Lunatic asylums Bombay report 1878-1890 - 1878-1890
Year: 1878
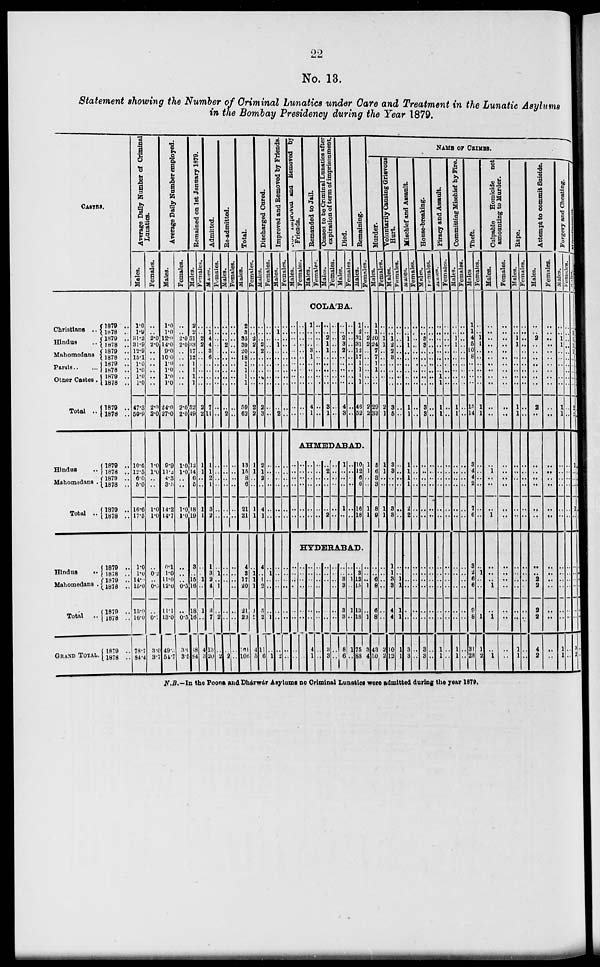
22
No. 13.
Statement showing the Number of Criminal Lunatics under Care and Treatment in the Lunatic Asylums
in the Bombay Presidency during the Year 1879.
CASTES.
Christians ..
Hindus ..
Mahomedans
Parsis .. ..
Other Castes.
Total ..
Hindus ..
Mahomedans .
Total ..
Hindus ..
Mahomedans .
Total ..
GRAND TOTAL.
1879 ..
1878 ..
1879 ..
1878 ..
1879 ..
1878 ..
1879 ..
1878 ..
1879 ..
1878 ..
1879 ..
1878 ..
1879 ..
1878 ..
1879 ..
1878 ..
1879 ..
1878 ..
1879 ..
1878 ..
1879 ..
1878
..
1879 ..
1878 ..
1879 ..
1878 ..
Average Daily
Number of Criminal
Lunatics.
Males.
1.0
1.9
31.2
31.9
12.9
15.1
1.0
1.0
1.0
1.0
47.3
50.9
10.6
12.5
6.0
5.0
16.6
17.5
1.0
1.0
14.0
15.0
15.0
16.0
78.7
84.4
Females.
..
..
2.0
2.0
..
..
..
..
..
..
2.0
2.0
1.0
1.0
..
..
1.0
1.0
..
0.2
..
0.5
..
0.7
3.0
3.7
Average Daily Number employed.
Males.
1.0
1.0
12.0
14.0
9.0
10.0
1.0
1.0
1.0
1.0
24.0
27.0
9.9
11.2
4.3
3.5
14.2
14.7
0.1
1.0
11.0
12.0
11.1
13.0
49.
54.7
Females.
..
..
2.0
2.0
..
..
..
..
..
..
2.0
2.0
1.0
1.0
..
..
1.0
1.0
..
..
..
0.5
..
0.5
3.0
3.5
Remained on 1st January 1879.
Males.
2
2
31
33
17
12
1
1
1
1
52
49
12
14
6
5
18
19
3
..
15
16
18
16
68
84
Females.
..
..
2
2
..
..
..
..
..
..
2
2
1
1
..
..
1
1
..
..
1
..
1
..
4
3
Admitted.
Males.
..
1
4
4
3
6
..
..
..
..
7
11
1
1
2
1
3
2
1
3
2
4
3
7
13
20
Females.
..
..
..
..
..
..
..
..
..
..
..
..
..
..
..
..
..
..
..
1
..
1
..
2
..
2
Re-admitted.
Males.
..
..
..
2
..
..
..
..
..
..
..
2
..
..
..
..
..
..
..
..
..
..
..
..
..
2
Females.
..
..
..
..
..
..
..
..
..
..
..
..
..
..
..
..
..
..
..
..
..
..
..
..
..
..
Total.
Males.
2
3
35
39
20
18
1
1
1
1
59
62
13
15
8
6
21
21
4
3
17
20
21
23
101
106
Females.
..
..
2
2
..
..
..
..
..
..
2
2
1
1
..
..
1
1
..
1 1
1
1
2
4
5
Discharged Cured.
Males.
..
..
..
3
2
..
..
..
..
..
2
3
2
1
2
..
4
1
4
..
1
2
5
2
11
6
Females.
..
..
..
..
..
..
..
..
..
..
..
..
..
..
..
..
..
..
..
1
..
..
..
1
..
1
Improved and Removed by Friends.
Males.
..
1
..
1
..
..
..
..
..
..
..
2
..
..
..
..
..
..
..
..
..
..
..
..
..
2
Females.
..
..
..
..
..
..
..
..
..
..
..
..
..
..
..
..
..
..
..
..
..
..
..
..
..
..
Improved
and Removed by
Friends.
Males.
Females.
Remanded to Jail.
Males.
Females.
Ceased to be Criminal Lunatics after
expiration of term of imprisonment.
Males.
Females.
Died.
Males.
Females.
Remaining.
Males.
Females.
COLA'BA.
..
..
..
..
..
..
..
..
..
..
..
..
..
..
..
..
..
..
..
..
..
..
..
..
1
..
..
..
3
1
..
..
..
..
4
1
..
..
..
..
..
..
..
..
..
..
..
..
..
..
2
1
1
..
..
..
..
..
3
1
..
..
..
..
..
..
..
..
..
..
..
..
..
..
2
3
2
..
..
..
..
..
4
3
..
..
..
..
..
..
..
..
..
..
..
..
1
2
31
31
12
17
1
1
1
1
46
52
..
..
2
2
..
..
..
..
..
..
2
2
AHMEDABAD.
..
..
..
..
..
..
..
..
..
..
..
..
..
..
..
..
..
..
..
..
..
..
..
..
..
2
..
..
..
2
..
..
..
..
..
..
..
..
..
..
1
..
..
..
..
..
..
..
10
12
6
6
16
18
1
1
..
..
1
1
HYDERABAD.
..
..
..
..
..
..
..
..
..
..
..
..
..
..
..
..
..
..
..
..
..
..
4
1
..
..
..
..
..
..
..
..
..
..
..
..
..
..
3
3
..
..
..
..
..
..
..
..
..
..
3
3
3
3
8
6
..
..
1
..
1
..
1
..
..
..
13
15
13
18
75
88
..
..
..
1
..
1
3
4
NAME OF CRIMES.
Murder.
Males.
1
1
20
24
7
7
1
1
..
..
29
33
5
6
3
3
8
9
..
..
6
8
6
8
43
50
Females.
..
..
1
1
..
..
..
..
..
..
2
1
1
1
..
..
1
1
..
..
..
..
..
..
2
2
Voluntarily Causing Grievons
Hurt.
Males.
..
..
1
2
2
3
..
..
..
..
3
5
3
3
..
..
3
3
1
1
3
3
4
4
10
13
Females.
..
..
..
..
..
..
..
..
..
..
..
..
..
..
..
..
..
..
..
..
1
1
1
1
1
1
Mischief and Assault.
Males.
..
..
1
1
..
..
..
..
..
..
1
1
1
1
1
1
2
2
..
..
..
..
..
..
3
3
Females.
..
..
..
..
..
..
..
..
..
..
..
..
..
.. ..
..
..
..
..
..
..
..
..
..
..
..
House-breaking.
Males.
..
..
3
3
..
..
..
..
..
..
3
3
..
.. ..
..
..
..
..
..
..
..
..
..
3
3
Females.
..
..
..
..
..
..
..
..
..
..
..
..
..
..
..
..
..
..
..
..
..
..
..
..
..
..
Piracy and Assault.
Males.
..
..
..
..
..
..
..
..
1
1
1
..
..
.. ..
..
..
..
..
..
..
..
..
..
1
1
Females.
..
..
..
..
..
..
..
..
..
..
..
..
..
.. ..
..
..
..
..
..
..
..
..
..
..
..
Committing Mischief by Fire.
Males.
..
..
1
1
..
..
..
..
..
..
1
1
..
..
..
..
..
..
..
..
..
..
..
..
1
1
Females.
..
..
..
..
..
..
..
..
..
..
..
..
..
..
..
..
..
..
..
..
..
..
..
..
..
..
Theft.
Males
1
1
4
5
10
8
..
..
..
..
15
14
3
4
4
2
7
6
3
2
6
6
9
8
31
28
Females.
..
..
1
1
..
..
..
..
..
..
1
1
..
..
..
..
..
..
..
1
..
..
..
1
1
2
Culpable
Homicide not
amounting to Murder.
Males.
..
..
..
..
..
..
..
..
..
..
..
..
..
1
..
..
..
1
..
..
..
1
..
1
..
1
Females.
..
..
..
..
..
..
..
..
..
..
..
..
..
..
..
..
..
..
..
..
..
..
..
..
..
..
Rape.
Males.
..
..
1
1
..
..
..
..
..
..
1
1
..
..
..
..
..
..
..
..
..
..
..
..
1
1
Females.
..
..
..
..
..
..
..
..
..
..
..
..
..
..
..
..
..
..
..
..
..
..
..
..
..
..
Attempt to commit Suicide.
Males.
..
..
2
..
..
..
..
..
..
..
2
..
..
..
..
..
..
..
..
..
2
2
2
2
4
2
Females.
..
..
..
..
..
..
..
..
..
..
..
..
..
.. ..
..
..
..
..
..
..
..
..
..
..
..
Forgery and Cheating.
Males.
..
..
1
1
..
..
..
..
..
..
1
1
..
..
..
..
..
..
..
..
..
..
..
..
1
1
Females.
..
..
..
..
..
..
..
..
..
..
..
..
..
..
..
..
..
..
..
..
..
..
..
..
..
..
Males.
..
1
1
1
1
..
..
..
..
..
2
2
1
..
..
..
1
..
..
..
..
..
..
..
..
3
2
N.B.—In the Poona and Dhárwár Asylums no Criminal Lunatics were admitted during the year 1879.